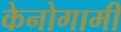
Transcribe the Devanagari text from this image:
केनोगामी